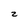
Character: 2